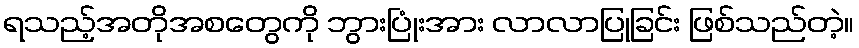
ရသည့်အတိုအစတွေကို ဘွားပြုံးအား လာလာပြုခြင်း ဖြစ်သည်တဲ့။